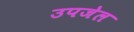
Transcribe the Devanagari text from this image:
उपजेल